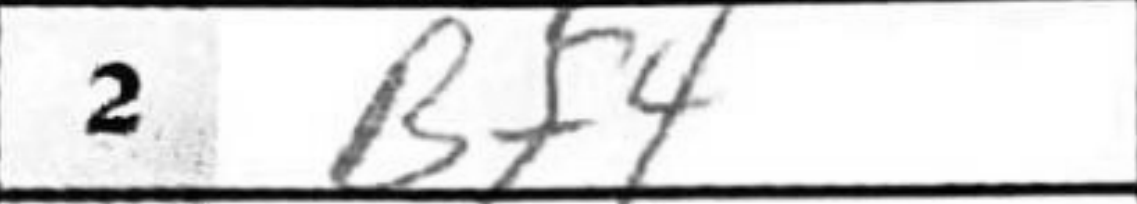
Transcription: Bf4